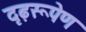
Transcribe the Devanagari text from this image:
दृढ़रूपेण